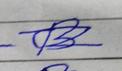
Signature authenticity: forged